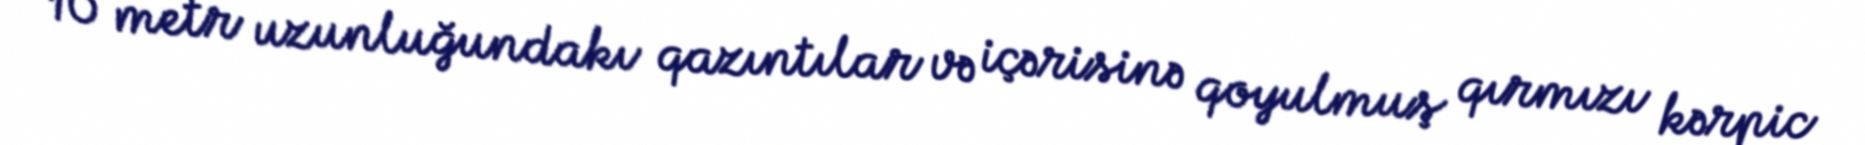
10 metr uzunluğundakı qazıntılar və içərisinə qoyulmuş qırmızı kərpic